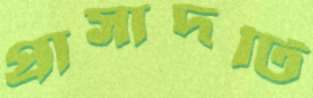
প্রাসাদটি